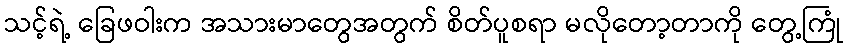
သင့်ရဲ့ ခြေဖဝါးက အသားမာတွေအတွက် စိတ်ပူစရာ မလိုတော့တာကို တွေ့ကြုံ